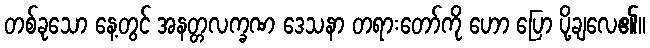
တစ်ခုသော နေ့တွင် အနတ္တလက္ခဏ ဒေသနာ တရားတော်ကို ဟော ပြော ပို့ချလေ၏။